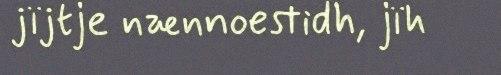
jïjtje nænnoestidh, jïh